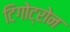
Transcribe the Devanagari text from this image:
टिगोट्रोन